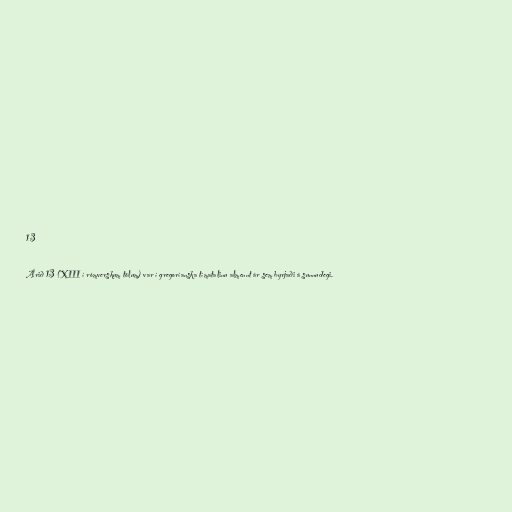
13

Árið 13 (XIII í rómverskum tölum) var í gregoríanska tímatalinu almennt ár sem byrjaði á sunnudegi.